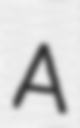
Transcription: A